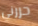
حررني